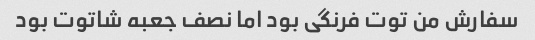
سفارش من توت فرنگی بود اما نصف جعبه شاتوت بود